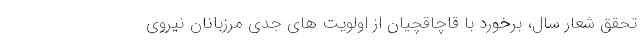
تحقق شعار سال، برخورد با قاچاقچیان از اولویت های جدی مرزبانان نیروی